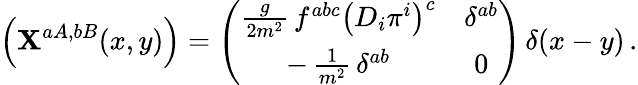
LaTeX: \Bigl(\mathbf{X}^{aA,bB}(x,y)\Bigr)=\left(\begin{array}{cc}{{\frac{g}{2m^{2}}\, f^{abc}\bigl(D_{i}\pi^{i}\bigr)^{c}}}&{{\delta^{ab}}}\\ {{-\, \frac{1}{m^{2}}\, \delta^{ab}}}&{{0}}\end{array}\right)\, \delta(x-y)\, .